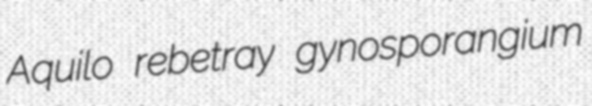
Aquilo rebetray gynosporangium